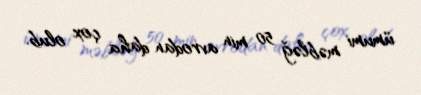
ümumi məbləğ 50 min avrodan daha çox olub.